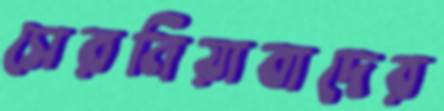
সেরনিয়াবাদের